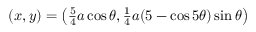
\begin{array} { r } { ( x , y ) = \left( \frac { 5 } { 4 } a \cos { \theta } , \frac { 1 } { 4 } a ( 5 - \cos { 5 \theta } ) \sin { \theta } \right) } \end{array}